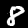
Label: 8